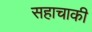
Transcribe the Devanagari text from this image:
सहाचाकी